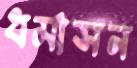
ধর্মাসন